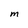
Character: M